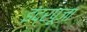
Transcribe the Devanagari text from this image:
इंद्रपूजा